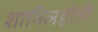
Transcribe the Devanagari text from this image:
शामिलहोती